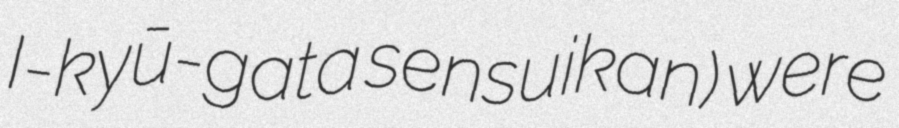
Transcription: I-kyū-gata sensuikan) were